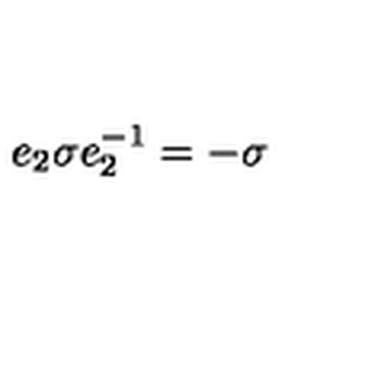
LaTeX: e _ { 2 } \sigma e _ { 2 } ^ { - 1 } = - \sigma